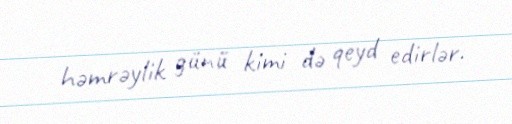
həmrəylik günü kimi də qeyd edirlər.